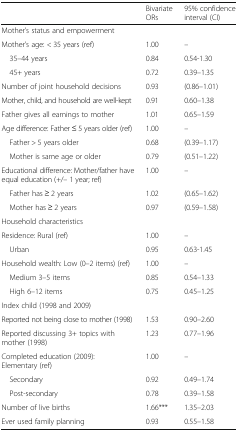
|  | Bivariate ORs | 95% confidence interval (CI) |
 | --- | --- | --- |
 | <COLSPAN=3> Mother’s status and empowerment |
 | Mother’s age: < 35 years (ref) | 1.00 | – |
 | 35–44 years | 0.84 | 0.54-1.30 |
 | 45+ years | 0.72 | 0.39–1.35 |
 | Number of joint household decisions | 0.93 | (0.86–1.01) |
 | Mother, child, and household are well-kept | 0.91 | 0.60–1.38 |
 | Father gives all earnings to mother | 1.01 | 0.65–1.59 |
 | Age difference: Father ≤ 5 years older (ref) | 1.00 | – |
 | Father > 5 years older | 0.68 | (0.39–1.17) |
 | Mother is same age or older | 0.79 | (0.51–1.22) |
 | Educational difference: Mother/father have equal education (+/– 1 year; ref) | 1.00 | – |
 | Father has ≥ 2 years | 1.02 | (0.65–1.62) |
 | Mother has ≥ 2 years | 0.97 | (0.59–1.58) |
 | <COLSPAN=3> Household characteristics |
 | Residence: Rural (ref) | 1.00 | – |
 | Urban | 0.95 | 0.63-1.45 |
 | Household wealth: Low (0–2 items) (ref) | 1.00 | – |
 | Medium 3–5 items | 0.85 | 0.54–1.33 |
 | High 6–12 items | 0.75 | 0.45–1.25 |
 | <COLSPAN=3> Index child (1998 and 2009) |
 | Reported not being close to mother (1998) | 1.53 | 0.90–2.60 |
 | Reported discussing 3+ topics with mother (1998) | 1.23 | 0.77–1.96 |
 | Completed education (2009): Elementary (ref) | 1.00 | – |
 | Secondary | 0.92 | 0.49–1.74 |
 | Post-secondary | 0.78 | 0.39–1.58 |
 | Number of live births | 1.66*** | 1.35–2.03 |
 | Ever used family planning | 0.93 | 0.55–1.58 |